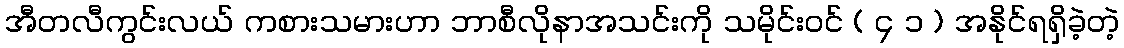
အီတလီကွင်းလယ် ကစားသမားဟာ ဘာစီလိုနာအသင်းကို သမိုင်းဝင် ( ၄ ၁ ) အနိုင်ရရှိခဲ့တဲ့